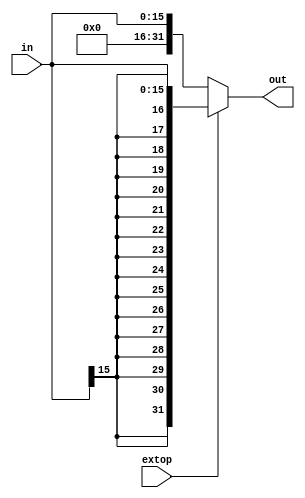
`timescale 1ns / 1ps
//////////////////////////////////////////////////////////////////////////////////
// Company: 
// Engineer: 
// 
// Design Name: 
// Module Name: extend
// Project Name: 
// Target Devices: 
// Tool Versions: 
// Description: 
// 
// Dependencies: 
// 
// Revision:
// Revision 0.01 - File Created
// Additional Comments:
// 
//////////////////////////////////////////////////////////////////////////////////


module extend(
    input [15:0] in,
    input extop,
    output reg [31:0] out
    );
    always @(*) begin 
        if (extop == 1'b1 )begin 
            out = {{16 {in[15]}} , in } ;
        end  else 
            out = {{16 {1'b0}} , in };
    end 
endmodule